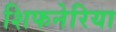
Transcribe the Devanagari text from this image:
शिफनेरिया